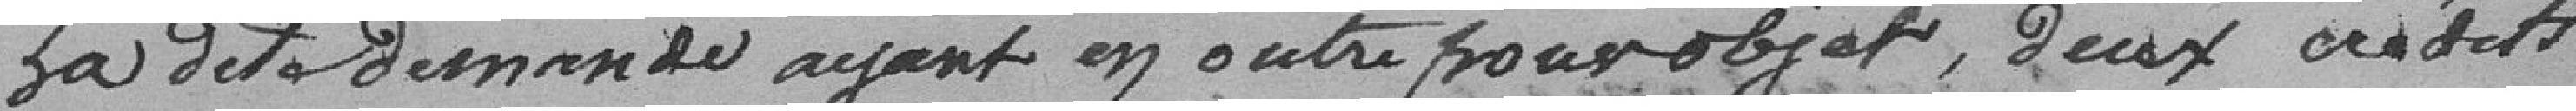
la dite demande ayant en outre pour objet, deux crédits